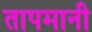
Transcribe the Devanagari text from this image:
तापमानी